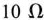
10Ω